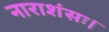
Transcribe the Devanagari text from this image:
नाराशंसः।